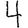
Digit: 4